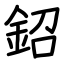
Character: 鉊